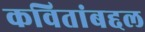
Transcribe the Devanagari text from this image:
कवितांबद्दल